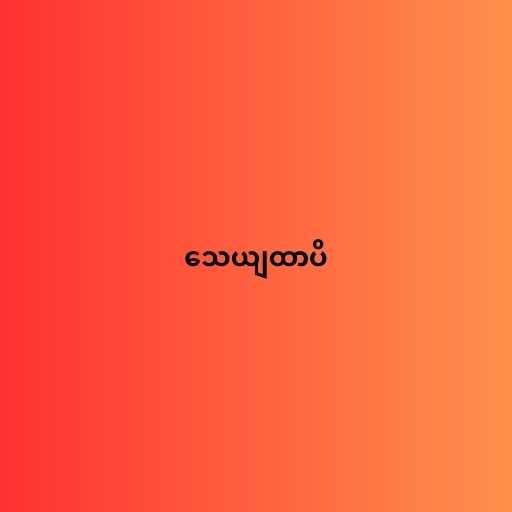
သေယျထာပိ